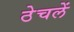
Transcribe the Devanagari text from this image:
ठेचलें